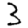
Digit: 3